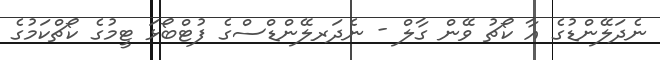
ނެދަލޭންޑުގެ އާ ކޯޗު ވޭން ގާލް - ނެދަރލޭންޑްސްގެ ފުޓްބޯޅަ ޓީމުގެ ކޯޗްކަމުގެ